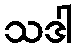
သဒါ